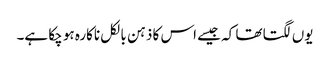
یوں لگتا تھا کہ جیسے اس کا ذہن بالکل ناکارہ ہو چکا ہے۔